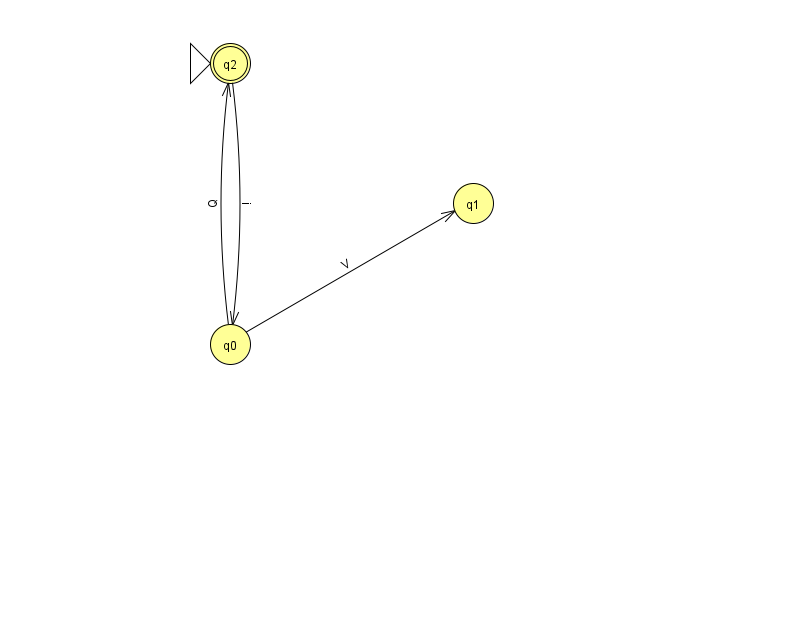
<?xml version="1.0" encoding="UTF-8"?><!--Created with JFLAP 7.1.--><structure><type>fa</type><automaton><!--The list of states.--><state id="0" name="q0"><x>230.0</x><y>331.0</y></state><state id="1" name="q1"><x>473.0</x><y>190.0</y></state><state id="2" name="q2"><x>230.0</x><y>50.0</y><initial/><final/></state><!--The list of transitions.--><transition><from>0</from><to>1</to><read>V</read></transition><transition><from>0</from><to>2</to><read>Q</read></transition><transition><from>2</from><to>0</to><read>i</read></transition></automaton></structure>